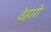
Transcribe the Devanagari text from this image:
वेहारी